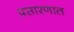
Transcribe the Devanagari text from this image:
प्रसारणात